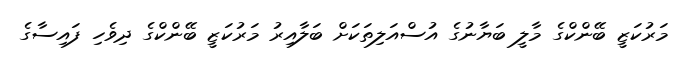
މަރުކަޒީ ބޭންކްގެ މާލީ ބަޔާނުގެ އުސްއަލިތަކަށް ބަލާއިރު މަރުކަޒީ ބޭންކްގެ ދިވެހި ފައިސާގެ